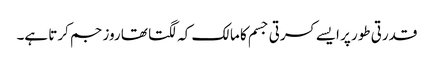
قدرتی طور پر ایسے کسرتی جسم کا مالک کہ لگتا تھا روز جم کرتا ہے۔